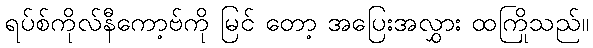
ရပ်စ်ကိုလ်နီကော့ဗ်ကို မြင် တော့ အပြေးအလွှား ထကြိုသည်။